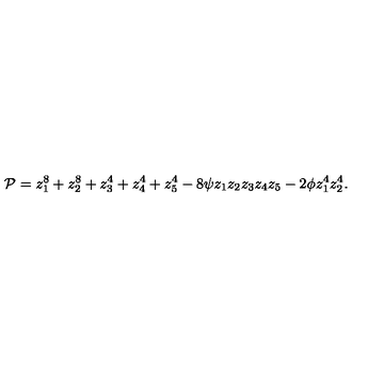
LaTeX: { \cal P } = z _ { 1 } ^ { 8 } + z _ { 2 } ^ { 8 } + z _ { 3 } ^ { 4 } + z _ { 4 } ^ { 4 } + z _ { 5 } ^ { 4 } - 8 \psi z _ { 1 } z _ { 2 } z _ { 3 } z _ { 4 } z _ { 5 } - 2 \phi z _ { 1 } ^ { 4 } z _ { 2 } ^ { 4 } .